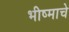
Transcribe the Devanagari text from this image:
भीष्माचे